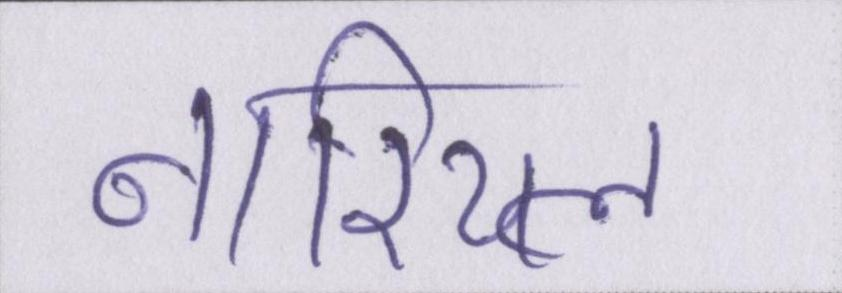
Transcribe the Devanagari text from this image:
नारियल